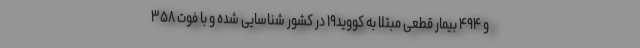
و ۴۹۴ بیمار قطعی مبتلا به کووید۱۹ در کشور شناسایی شده و با فوت ۳۵۸